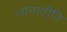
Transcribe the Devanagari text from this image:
जानातीति